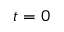
t = 0